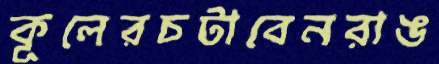
কূলেরচটাবেনরাঙ